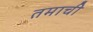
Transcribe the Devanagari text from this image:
तमाची